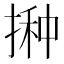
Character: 𱠛